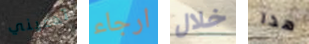
تدعيني ارجاء خلال هذا